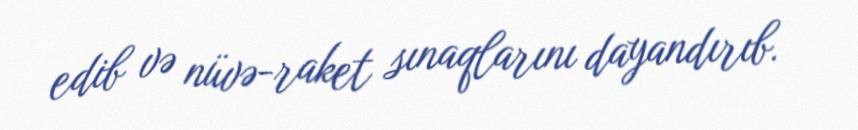
edib və nüvə-raket sınaqlarını dayandırıb.